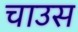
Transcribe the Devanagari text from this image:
चाउस